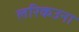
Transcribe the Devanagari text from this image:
लरिकउना